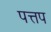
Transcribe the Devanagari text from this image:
पत्तप